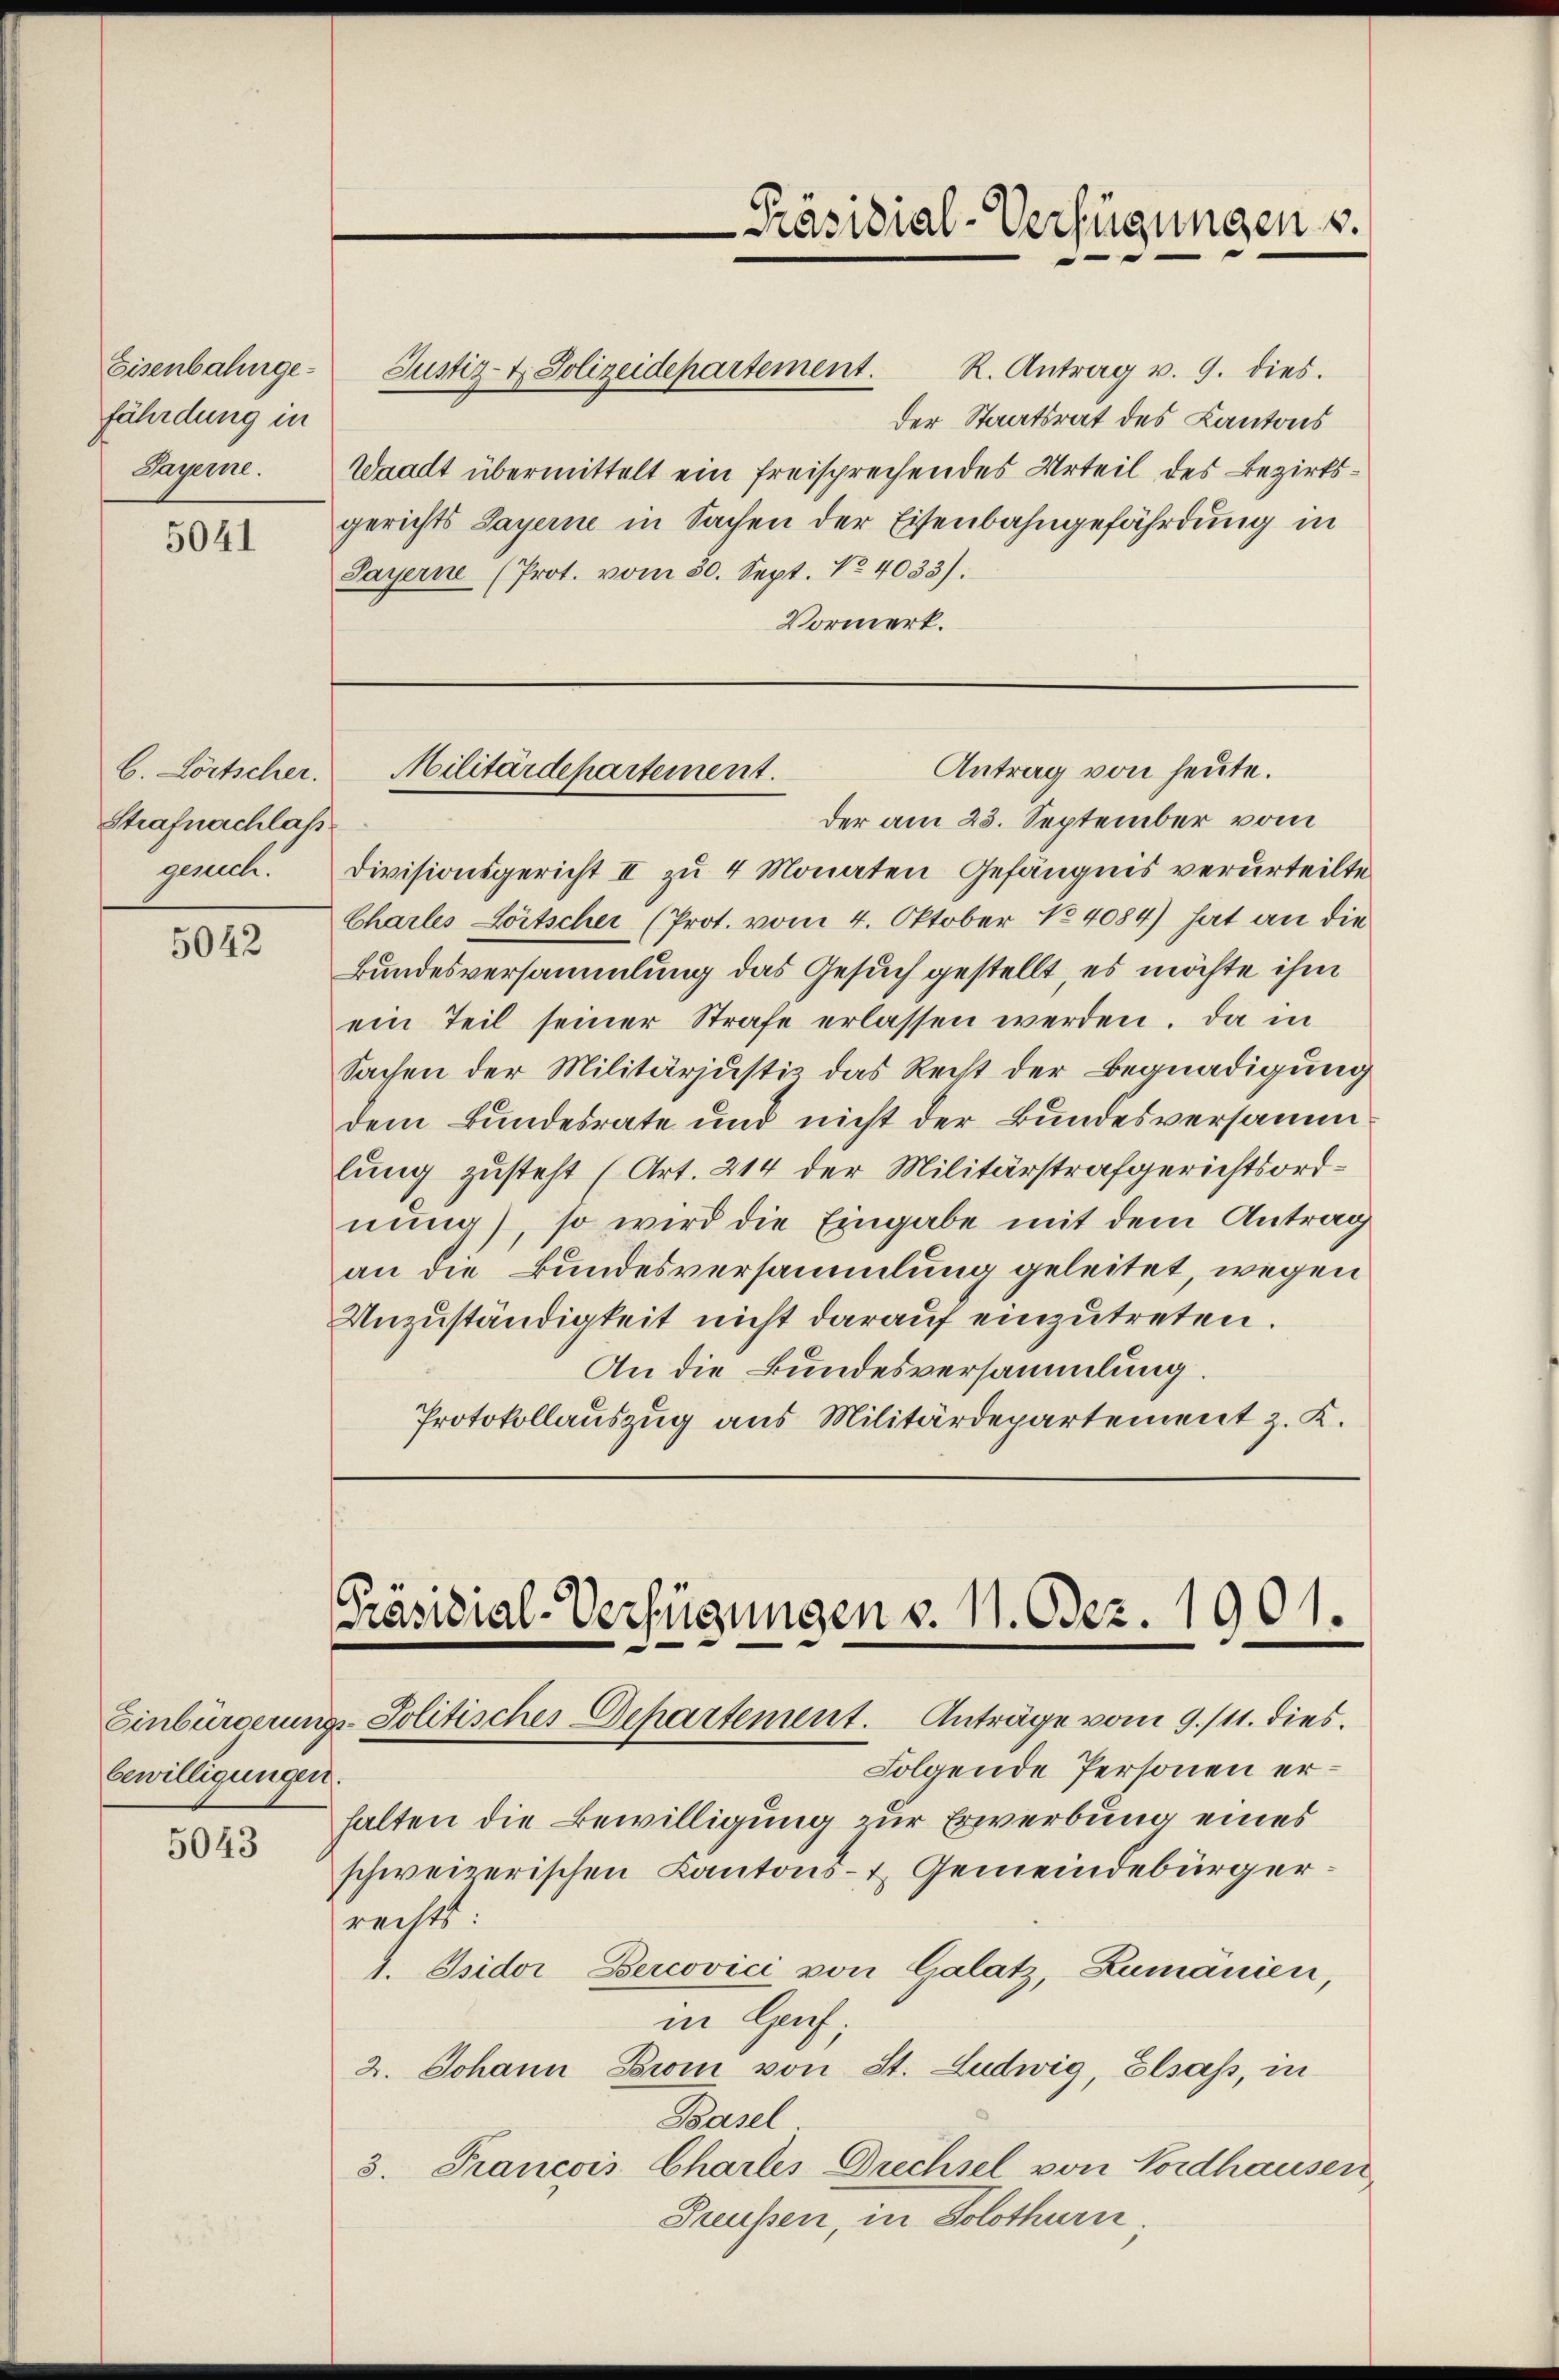
Eisenbahngefährdung in
Sayerne.

5041

b. Lörtscher.
Strafnachlass

5042

bewilligungen.
5043

Justiz- & Polizeidepartement. R. Antrag u. 9. dies.
Waadt übermittelt ein freisprechen des Urteil des Bezirks¬

Präsidial-Verfügungen v.

Antrag von heute.
Militärdepartement.

der Staatsrat des Kantons
gerichts Sayerne in Sachen der Eisenbahngefährdung in
Sayerne (Prot. vom 30. Sept. 14033).
Vormerk.

Präsidial-Verfügungen v. 11. Odez. 1901.
Einbürgerungs-Politisches Departement. Anträge vom 9./11. dies

Folgende Personen erhalten die Bewilligung zur Erwerbung eines
schweizerischen Kantons- & Gemeindebürgerrechts.
1. Isidor Percovici von Galatz, Zumänien,
in Genf;
2. Johann Broi von St. Ludwig, Elsass, in
Basel
3. Francois Chartes Drechsel von Nordhausen,
Grüssen, in Solothurn.

der am 23. September vom
gesuch. Divisionsgericht II zu 4 Monaten Gefängnis verurteilte
Charles Lörtscher (Prot. vom 4. Oktober 184084) hat an die
Bundesversammlung das Gesuch gestellt, es möchte ihm
ein Teil seiner Strafe erlassen werden. Da in
Sachen der Militärjustiz das Recht der Begnadigung
dem Bundesrate und nicht der Bundesversamm
lung zusteht (Art. 214 der Militärstrafgerichtsordnung), so wird die Eingabe mit dem Antrag
an die Bundesversammlung geleitet, wegen
Unzuständigkeit nicht darauf einzutreten.
An die Bundesversammlung.
Protokollauszug aus Militärdepartement z. K.